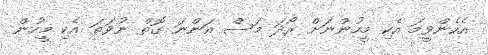
އެހެންވީމަ އެކި މީހުންނަށް ރޯދަ މަސް އަންނަ ގޮތް ނުވަތަ އެކި މީހުން